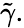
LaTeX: \tilde{\gamma}.